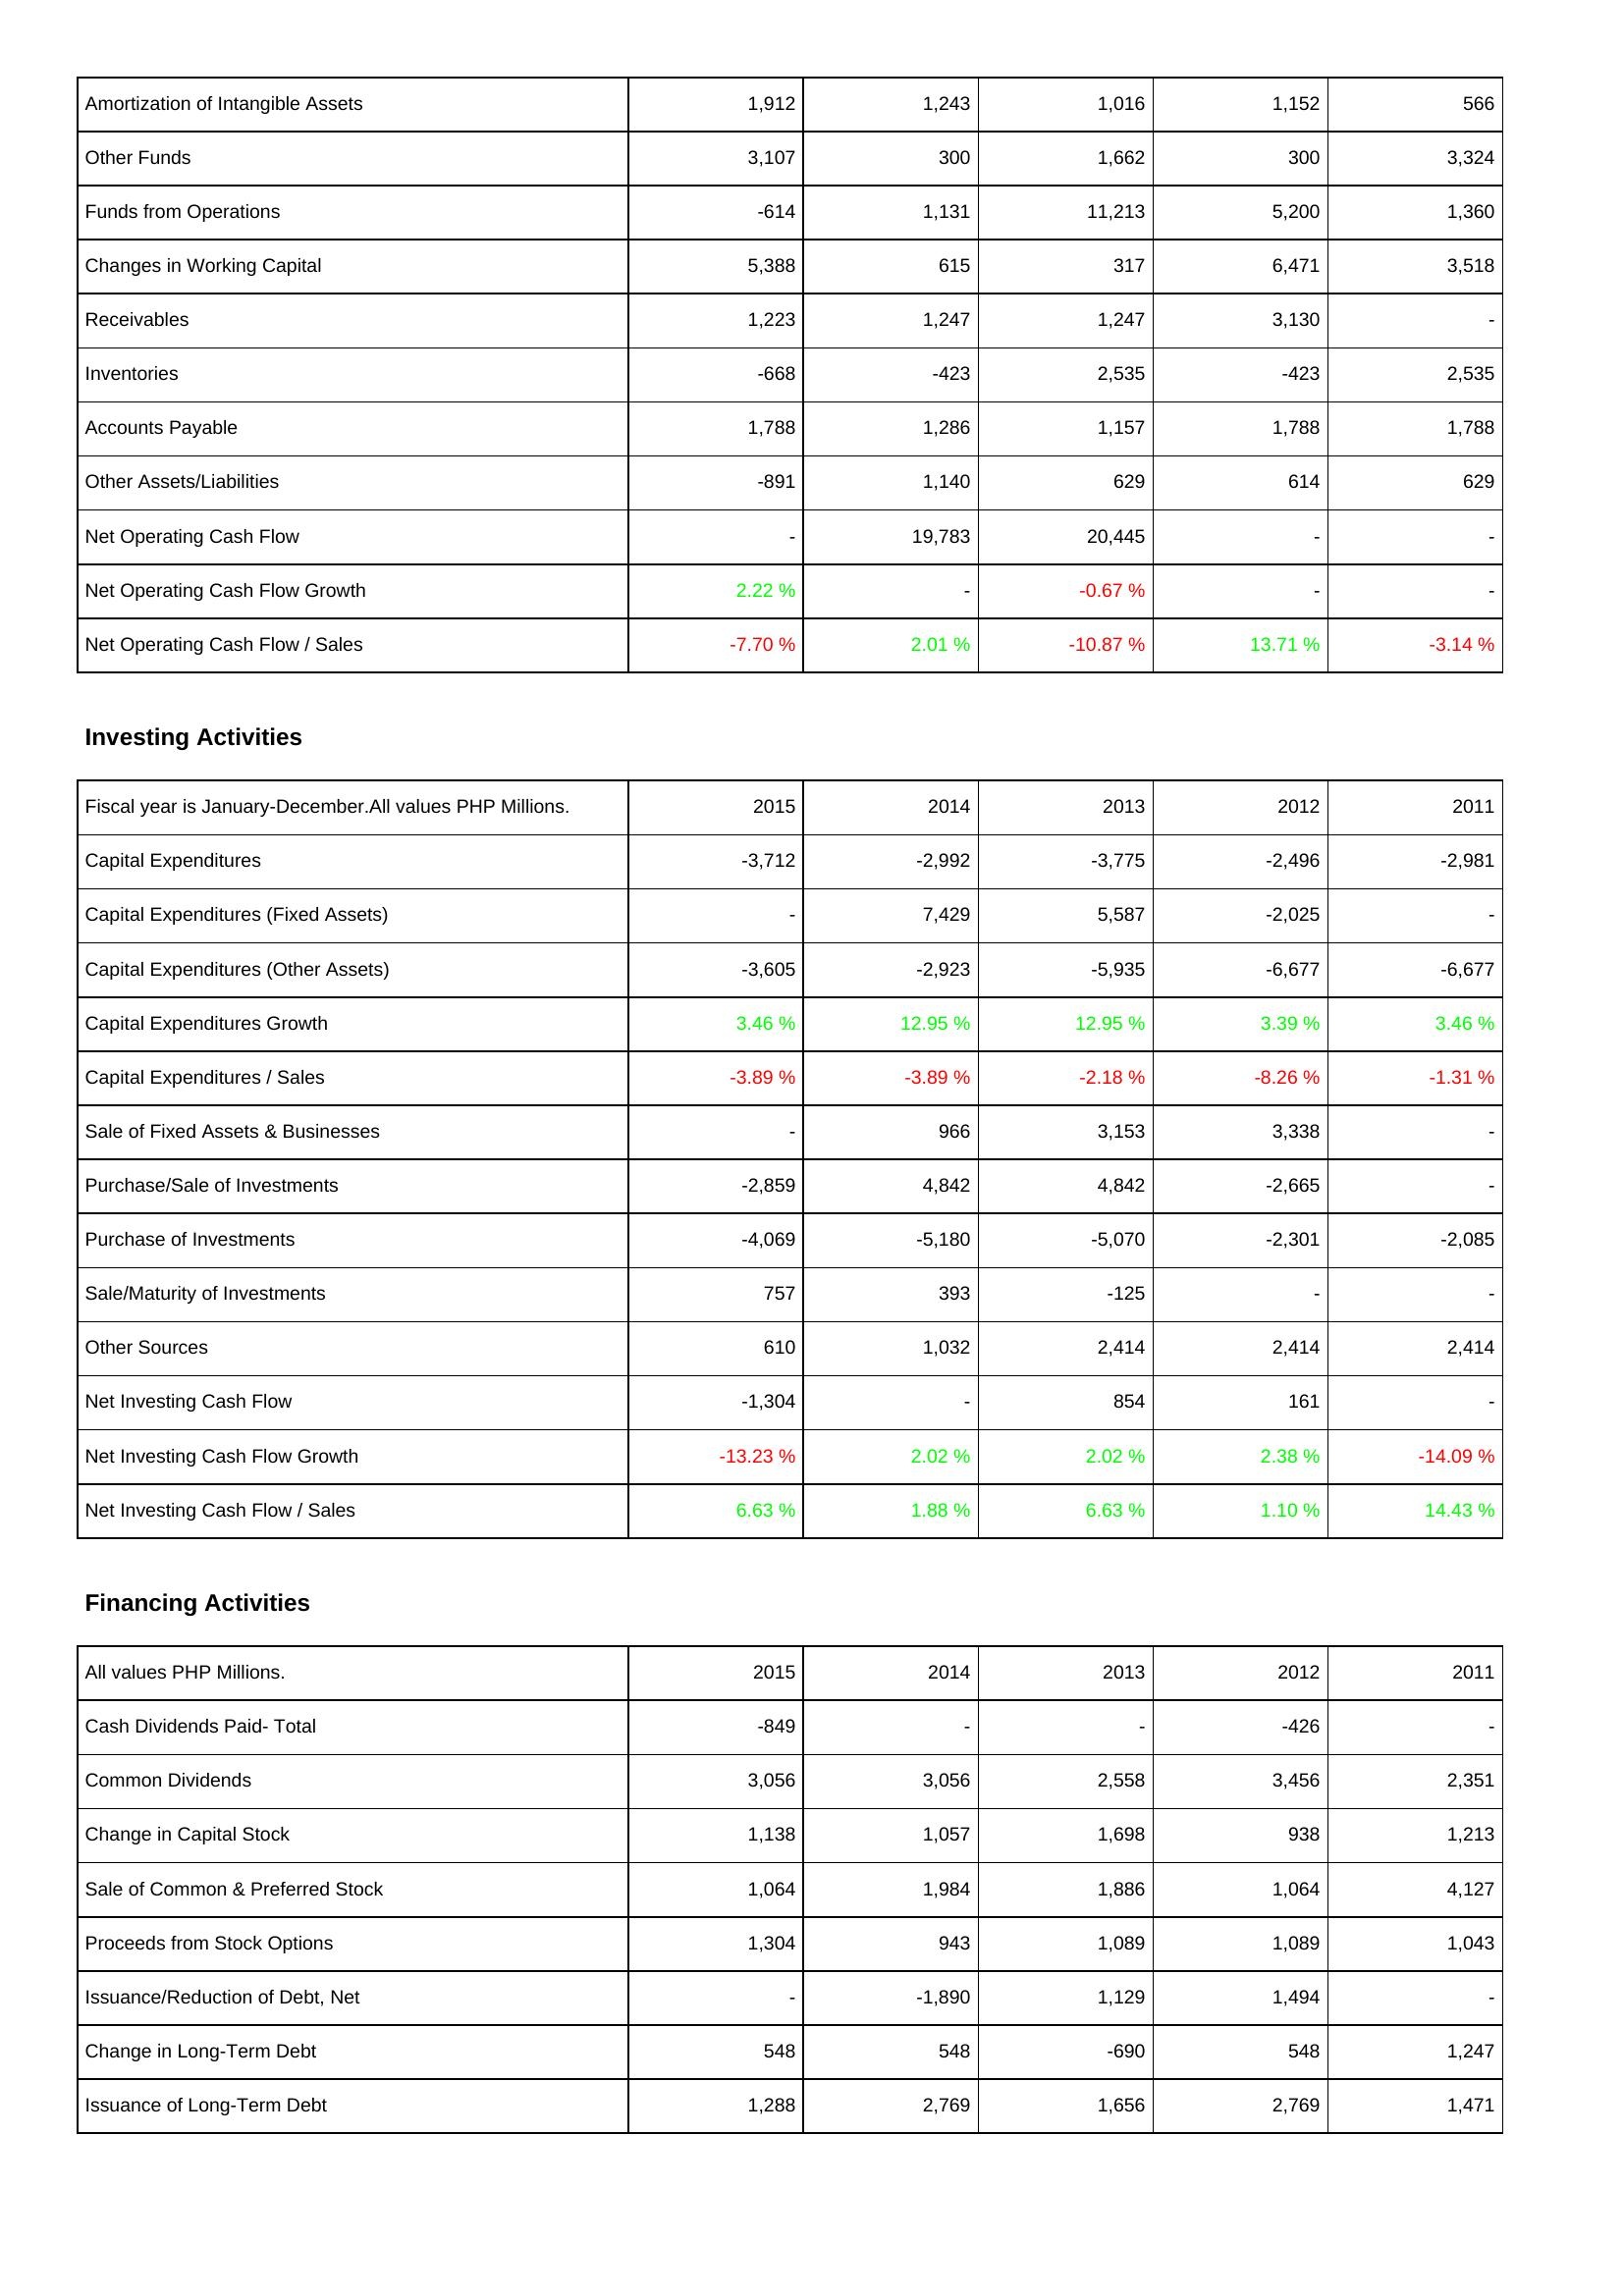
2015: Operating Activities: Amortization of Intangible Assets: 1,912
Other Funds: 3,107
Funds from Operations: -614
Changes in Working Capital: 5,388
Receivables: 1,223
Inventories: -668
Accounts Payable: 1,788
Other Assets/Liabilities: -891
Net Operating Cash Flow: -
Net Operating Cash Flow Growth: 2.22 %
Net Operating Cash Flow / Sales: -7.70 %
Investing Activities: Capital Expenditures: -3,712
Capital Expenditures (Fixed Assets): -
Capital Expenditures (Other Assets): -3,605
Capital Expenditures Growth: 3.46 %
Capital Expenditures / Sales: -3.89 %
Sale of Fixed Assets & Businesses: -
Purchase/Sale of Investments: -2,859
Purchase of Investments: -4,069
Sale/Maturity of Investments: 757
Other Sources: 610
Net Investing Cash Flow: -1,304
Net Investing Cash Flow Growth: -13.23 %
Net Investing Cash Flow / Sales: 6.63 %
Financing Activities: Cash Dividends Paid- Total: -849
Common Dividends: 3,056
Change in Capital Stock: 1,138
Sale of Common & Preferred Stock: 1,064
Proceeds from Stock Options: 1,304
Issuance/Reduction of Debt, Net: -
Change in Long-Term Debt: 548
Issuance of Long-Term Debt: 1,288
2014: Operating Activities: Amortization of Intangible Assets: 1,243
Other Funds: 300
Funds from Operations: 1,131
Changes in Working Capital: 615
Receivables: 1,247
Inventories: -423
Accounts Payable: 1,286
Other Assets/Liabilities: 1,140
Net Operating Cash Flow: 19,783
Net Operating Cash Flow Growth: -
Net Operating Cash Flow / Sales: 2.01 %
Investing Activities: Capital Expenditures: -2,992
Capital Expenditures (Fixed Assets): 7,429
Capital Expenditures (Other Assets): -2,923
Capital Expenditures Growth: 12.95 %
Capital Expenditures / Sales: -3.89 %
Sale of Fixed Assets & Businesses: 966
Purchase/Sale of Investments: 4,842
Purchase of Investments: -5,180
Sale/Maturity of Investments: 393
Other Sources: 1,032
Net Investing Cash Flow: -
Net Investing Cash Flow Growth: 2.02 %
Net Investing Cash Flow / Sales: 1.88 %
Financing Activities: Cash Dividends Paid- Total: -
Common Dividends: 3,056
Change in Capital Stock: 1,057
Sale of Common & Preferred Stock: 1,984
Proceeds from Stock Options: 943
Issuance/Reduction of Debt, Net: -1,890
Change in Long-Term Debt: 548
Issuance of Long-Term Debt: 2,769
2013: Operating Activities: Amortization of Intangible Assets: 1,016
Other Funds: 1,662
Funds from Operations: 11,213
Changes in Working Capital: 317
Receivables: 1,247
Inventories: 2,535
Accounts Payable: 1,157
Other Assets/Liabilities: 629
Net Operating Cash Flow: 20,445
Net Operating Cash Flow Growth: -0.67 %
Net Operating Cash Flow / Sales: -10.87 %
Investing Activities: Capital Expenditures: -3,775
Capital Expenditures (Fixed Assets): 5,587
Capital Expenditures (Other Assets): -5,935
Capital Expenditures Growth: 12.95 %
Capital Expenditures / Sales: -2.18 %
Sale of Fixed Assets & Businesses: 3,153
Purchase/Sale of Investments: 4,842
Purchase of Investments: -5,070
Sale/Maturity of Investments: -125
Other Sources: 2,414
Net Investing Cash Flow: 854
Net Investing Cash Flow Growth: 2.02 %
Net Investing Cash Flow / Sales: 6.63 %
Financing Activities: Cash Dividends Paid- Total: -
Common Dividends: 2,558
Change in Capital Stock: 1,698
Sale of Common & Preferred Stock: 1,886
Proceeds from Stock Options: 1,089
Issuance/Reduction of Debt, Net: 1,129
Change in Long-Term Debt: -690
Issuance of Long-Term Debt: 1,656
2012: Operating Activities: Amortization of Intangible Assets: 1,152
Other Funds: 300
Funds from Operations: 5,200
Changes in Working Capital: 6,471
Receivables: 3,130
Inventories: -423
Accounts Payable: 1,788
Other Assets/Liabilities: 614
Net Operating Cash Flow: -
Net Operating Cash Flow Growth: -
Net Operating Cash Flow / Sales: 13.71 %
Investing Activities: Capital Expenditures: -2,496
Capital Expenditures (Fixed Assets): -2,025
Capital Expenditures (Other Assets): -6,677
Capital Expenditures Growth: 3.39 %
Capital Expenditures / Sales: -8.26 %
Sale of Fixed Assets & Businesses: 3,338
Purchase/Sale of Investments: -2,665
Purchase of Investments: -2,301
Sale/Maturity of Investments: -
Other Sources: 2,414
Net Investing Cash Flow: 161
Net Investing Cash Flow Growth: 2.38 %
Net Investing Cash Flow / Sales: 1.10 %
Financing Activities: Cash Dividends Paid- Total: -426
Common Dividends: 3,456
Change in Capital Stock: 938
Sale of Common & Preferred Stock: 1,064
Proceeds from Stock Options: 1,089
Issuance/Reduction of Debt, Net: 1,494
Change in Long-Term Debt: 548
Issuance of Long-Term Debt: 2,769
2011: Operating Activities: Amortization of Intangible Assets: 566
Other Funds: 3,324
Funds from Operations: 1,360
Changes in Working Capital: 3,518
Receivables: -
Inventories: 2,535
Accounts Payable: 1,788
Other Assets/Liabilities: 629
Net Operating Cash Flow: -
Net Operating Cash Flow Growth: -
Net Operating Cash Flow / Sales: -3.14 %
Investing Activities: Capital Expenditures: -2,981
Capital Expenditures (Fixed Assets): -
Capital Expenditures (Other Assets): -6,677
Capital Expenditures Growth: 3.46 %
Capital Expenditures / Sales: -1.31 %
Sale of Fixed Assets & Businesses: -
Purchase/Sale of Investments: -
Purchase of Investments: -2,085
Sale/Maturity of Investments: -
Other Sources: 2,414
Net Investing Cash Flow: -
Net Investing Cash Flow Growth: -14.09 %
Net Investing Cash Flow / Sales: 14.43 %
Financing Activities: Cash Dividends Paid- Total: -
Common Dividends: 2,351
Change in Capital Stock: 1,213
Sale of Common & Preferred Stock: 4,127
Proceeds from Stock Options: 1,043
Issuance/Reduction of Debt, Net: -
Change in Long-Term Debt: 1,247
Issuance of Long-Term Debt: 1,471